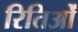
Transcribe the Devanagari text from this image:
रितिओं